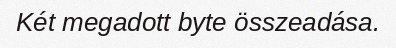
Két megadott byte összeadása.